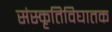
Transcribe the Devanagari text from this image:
संस्कृतिविघातक